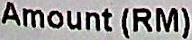
AMOUNT (RM)